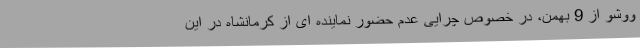
ووشو از 9 بهمن، در خصوص چرایی عدم حضور نماینده ای از کرمانشاه در این